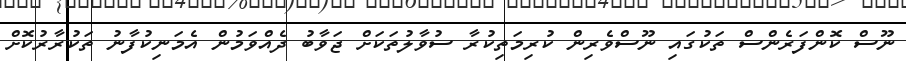
ނޫސް ކޮންފަރެންސް ތަކުގައި ނޫސްވެރިން ކުރިމަތިކުރާ ސުވާލުތަކަށް ޖަވާބު ދެއްވަމުން އެމަނިކުފާނު ތަކުރާރުކޮށް